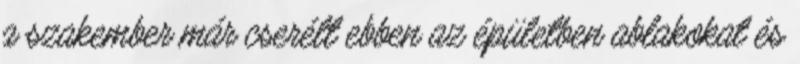
a szakember már cserélt ebben az épületben ablakokat és